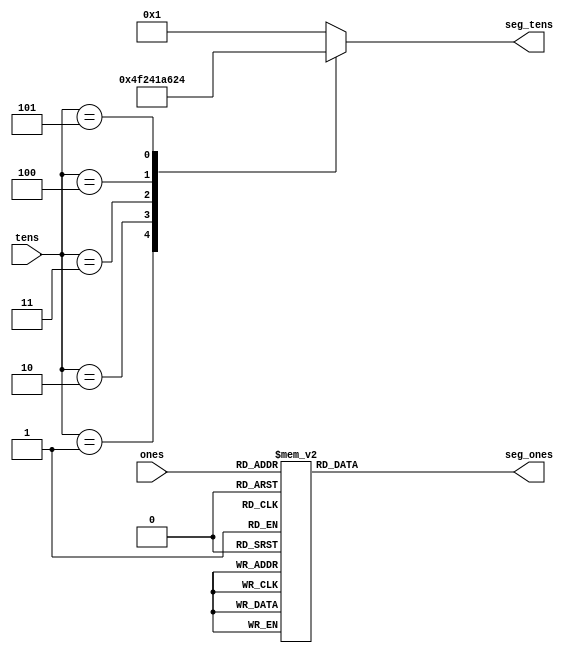
`timescale 1ns / 1ps

module seven_seg_decoder(
    input [3:0] ones,
    input [2:0] tens,
    output reg [6:0] seg_ones,
    output reg [6:0] seg_tens
    );
    
    always@(*) begin
        case(ones)
            1: seg_ones = 7'b100_1111;
            2: seg_ones = 7'b001_0010;
            3: seg_ones = 7'b000_0110;
            4: seg_ones = 7'b100_1100;
            5: seg_ones = 7'b010_0100;
            6: seg_ones = 7'b010_0000;
            7: seg_ones = 7'b000_1111;
            8: seg_ones = 7'b000_0000;
            9: seg_ones = 7'b000_0100;
            default: seg_ones = 8'b1000_0001;
        endcase
        
        case(tens) 
            1: seg_tens = 7'b100_1111;
            2: seg_tens = 7'b001_0010;
            3: seg_tens = 7'b000_0110;
            4: seg_tens = 7'b100_1100;
            5: seg_tens = 7'b010_0100;
            default: seg_tens = 8'b1000_0001;
        endcase
    end
    
endmodule